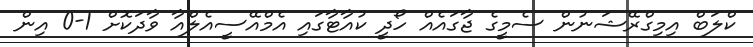
ކްލަބް އިމިގްރޭޝަނުން ސެމީގެ ޖާގައެއް ހޯދީ ކުއާޓާގައި އެމްއޭސީއެލްއާ ވާދަކޮށް 1-0 އިން